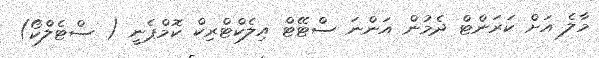
މާލެ އަށް ކަރަންޓް ދެމުން އަންނަ ސްޓޭޓް އިލެކްޓްރިކް ކޮމްޕެނީ ( ސްޓެލްކޯ)